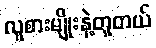
လူစားမျိုးနဲ့တူတယ်